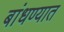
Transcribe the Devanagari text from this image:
बांधण्‍यात